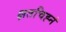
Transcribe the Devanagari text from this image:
क्षतचिह्नं